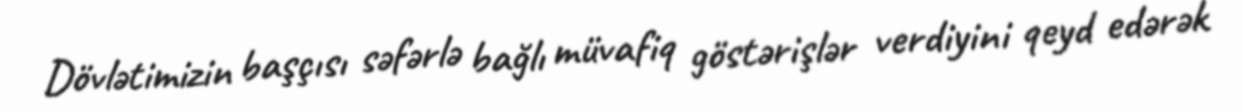
Dövlətimizin başçısı səfərlə bağlı müvafiq göstərişlər verdiyini qeyd edərək